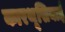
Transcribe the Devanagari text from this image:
कारथूसियाई